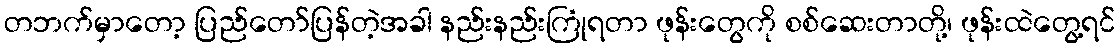
တဘက်မှာတော့ ပြည်တော်ပြန်တဲ့အခါ နည်းနည်းကြုံရတာ ဖုန်းတွေကို စစ်ဆေးတာတို့၊ ဖုန်းထဲတွေ့ရင်